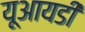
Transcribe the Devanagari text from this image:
यूआयडी